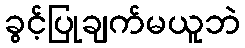
ခွင့်ပြုချက်မယူဘဲ